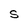
Character: S